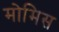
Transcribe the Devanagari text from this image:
मोमिस